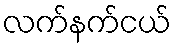
လက်နက်ငယ်